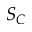
S _ { C }